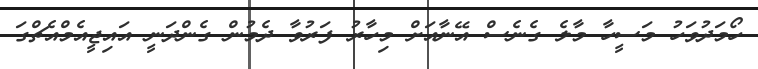
ހޯމަދުވަހު މަސީހާ މާލެ ގެނެސް އޭނާއަށް މިހާރު ފަރުވާ ދެމުން ގެންދަނީ އައިޖީއެމްއެޗްގަ